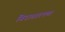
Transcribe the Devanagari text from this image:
निराधारपणा